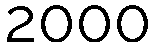
2000